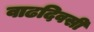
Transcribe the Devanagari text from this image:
वाढदिवसी